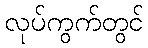
လုပ်ကွက်တွင်